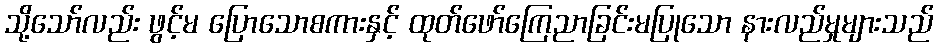
သို့သော်လည်း ဖွင့်မ ပြောသောစကားနှင့် ထုတ်ဖော်ကြေညာခြင်းမပြုသော နားလည်မှုများသည်